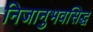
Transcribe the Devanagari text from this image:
निजानुभवसिद्ध